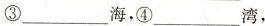
③___海，④___湾，